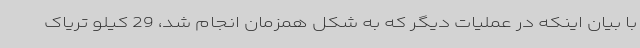
با بیان اینکه در عملیات دیگر که به شکل همزمان انجام شد، 29 کیلو تریاک